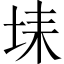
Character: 𡋃